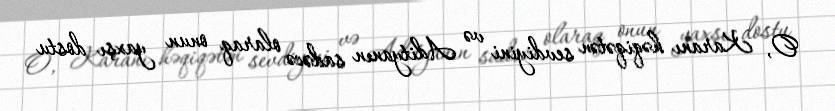
O, Karanı həqiqətən sevdiyini və Adityanın sadəcə olaraq onun yaxşı dostu